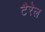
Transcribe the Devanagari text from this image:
टैरेल